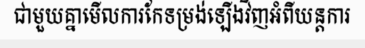
ជាមួយគ្នាមើលការកែទម្រង់ឡើងវិញអំពីយន្តការ